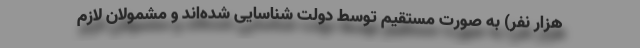
هزار نفر) به صورت مستقیم توسط دولت شناسایی شده‌اند و مشمولان لازم